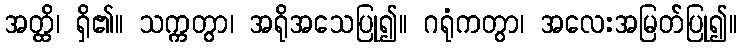
အတ္ထိ၊ ရှိ၏။ သက္ကတွာ၊ အရိုအသေပြု၍။ ဂရုံကတွာ၊ အလေးအမြတ်ပြု၍။